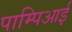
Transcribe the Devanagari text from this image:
पाम्पिआई